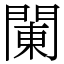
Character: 䦨